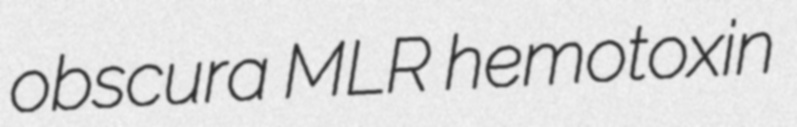
obscura MLR hemotoxin